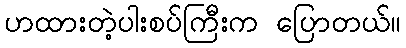
ဟထားတဲ့ပါးစပ်ကြီးက ပြောတယ်။